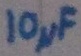
Text: 10µF